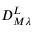
D _ { M \lambda } ^ { L }